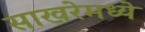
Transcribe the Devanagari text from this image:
साखरेमध्ये